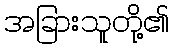
အခြားသူတို့၏